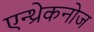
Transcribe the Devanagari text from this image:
एन्थ्रेकनोज